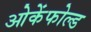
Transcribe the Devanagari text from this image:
ओकेंफोल्ड